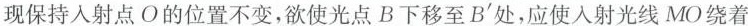
现保持入射点O的位置不变，欲使光点B下移至B'处，应使入射光线MO绕着